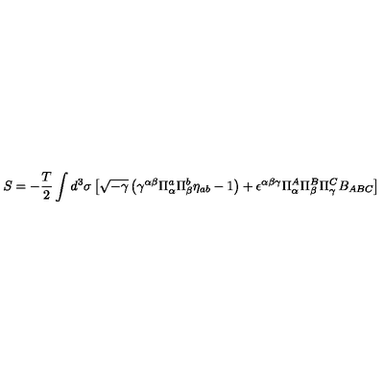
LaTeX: S = - \frac { T } { 2 } \int d ^ { 3 } \sigma \left[ \sqrt { - \gamma } \left( \gamma ^ { \alpha \beta } \Pi _ { \alpha } ^ { a } \Pi _ { \beta } ^ { b } \eta _ { a b } - 1 \right) + \epsilon ^ { \alpha \beta \gamma } \Pi _ { \alpha } ^ { A } \Pi _ { \beta } ^ { B } \Pi _ { \gamma } ^ { C } B _ { A B C } \right]